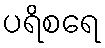
ပရိစရေ